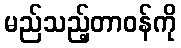
မည်သည့်တာဝန်ကို